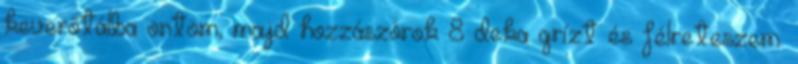
keverőtálba öntöm, majd hozzászórok 8 deka grízt és félreteszem.